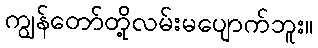
ကျွန်တော်တို့လမ်းမပျောက်ဘူး။